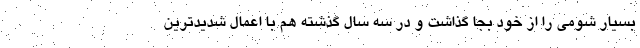
بسیار شومی را از خود بجا گذاشت و در سه سال گذشته هم با اعمال شدیدترین